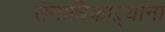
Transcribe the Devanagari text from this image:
सेनाधिकाऱ्यांना